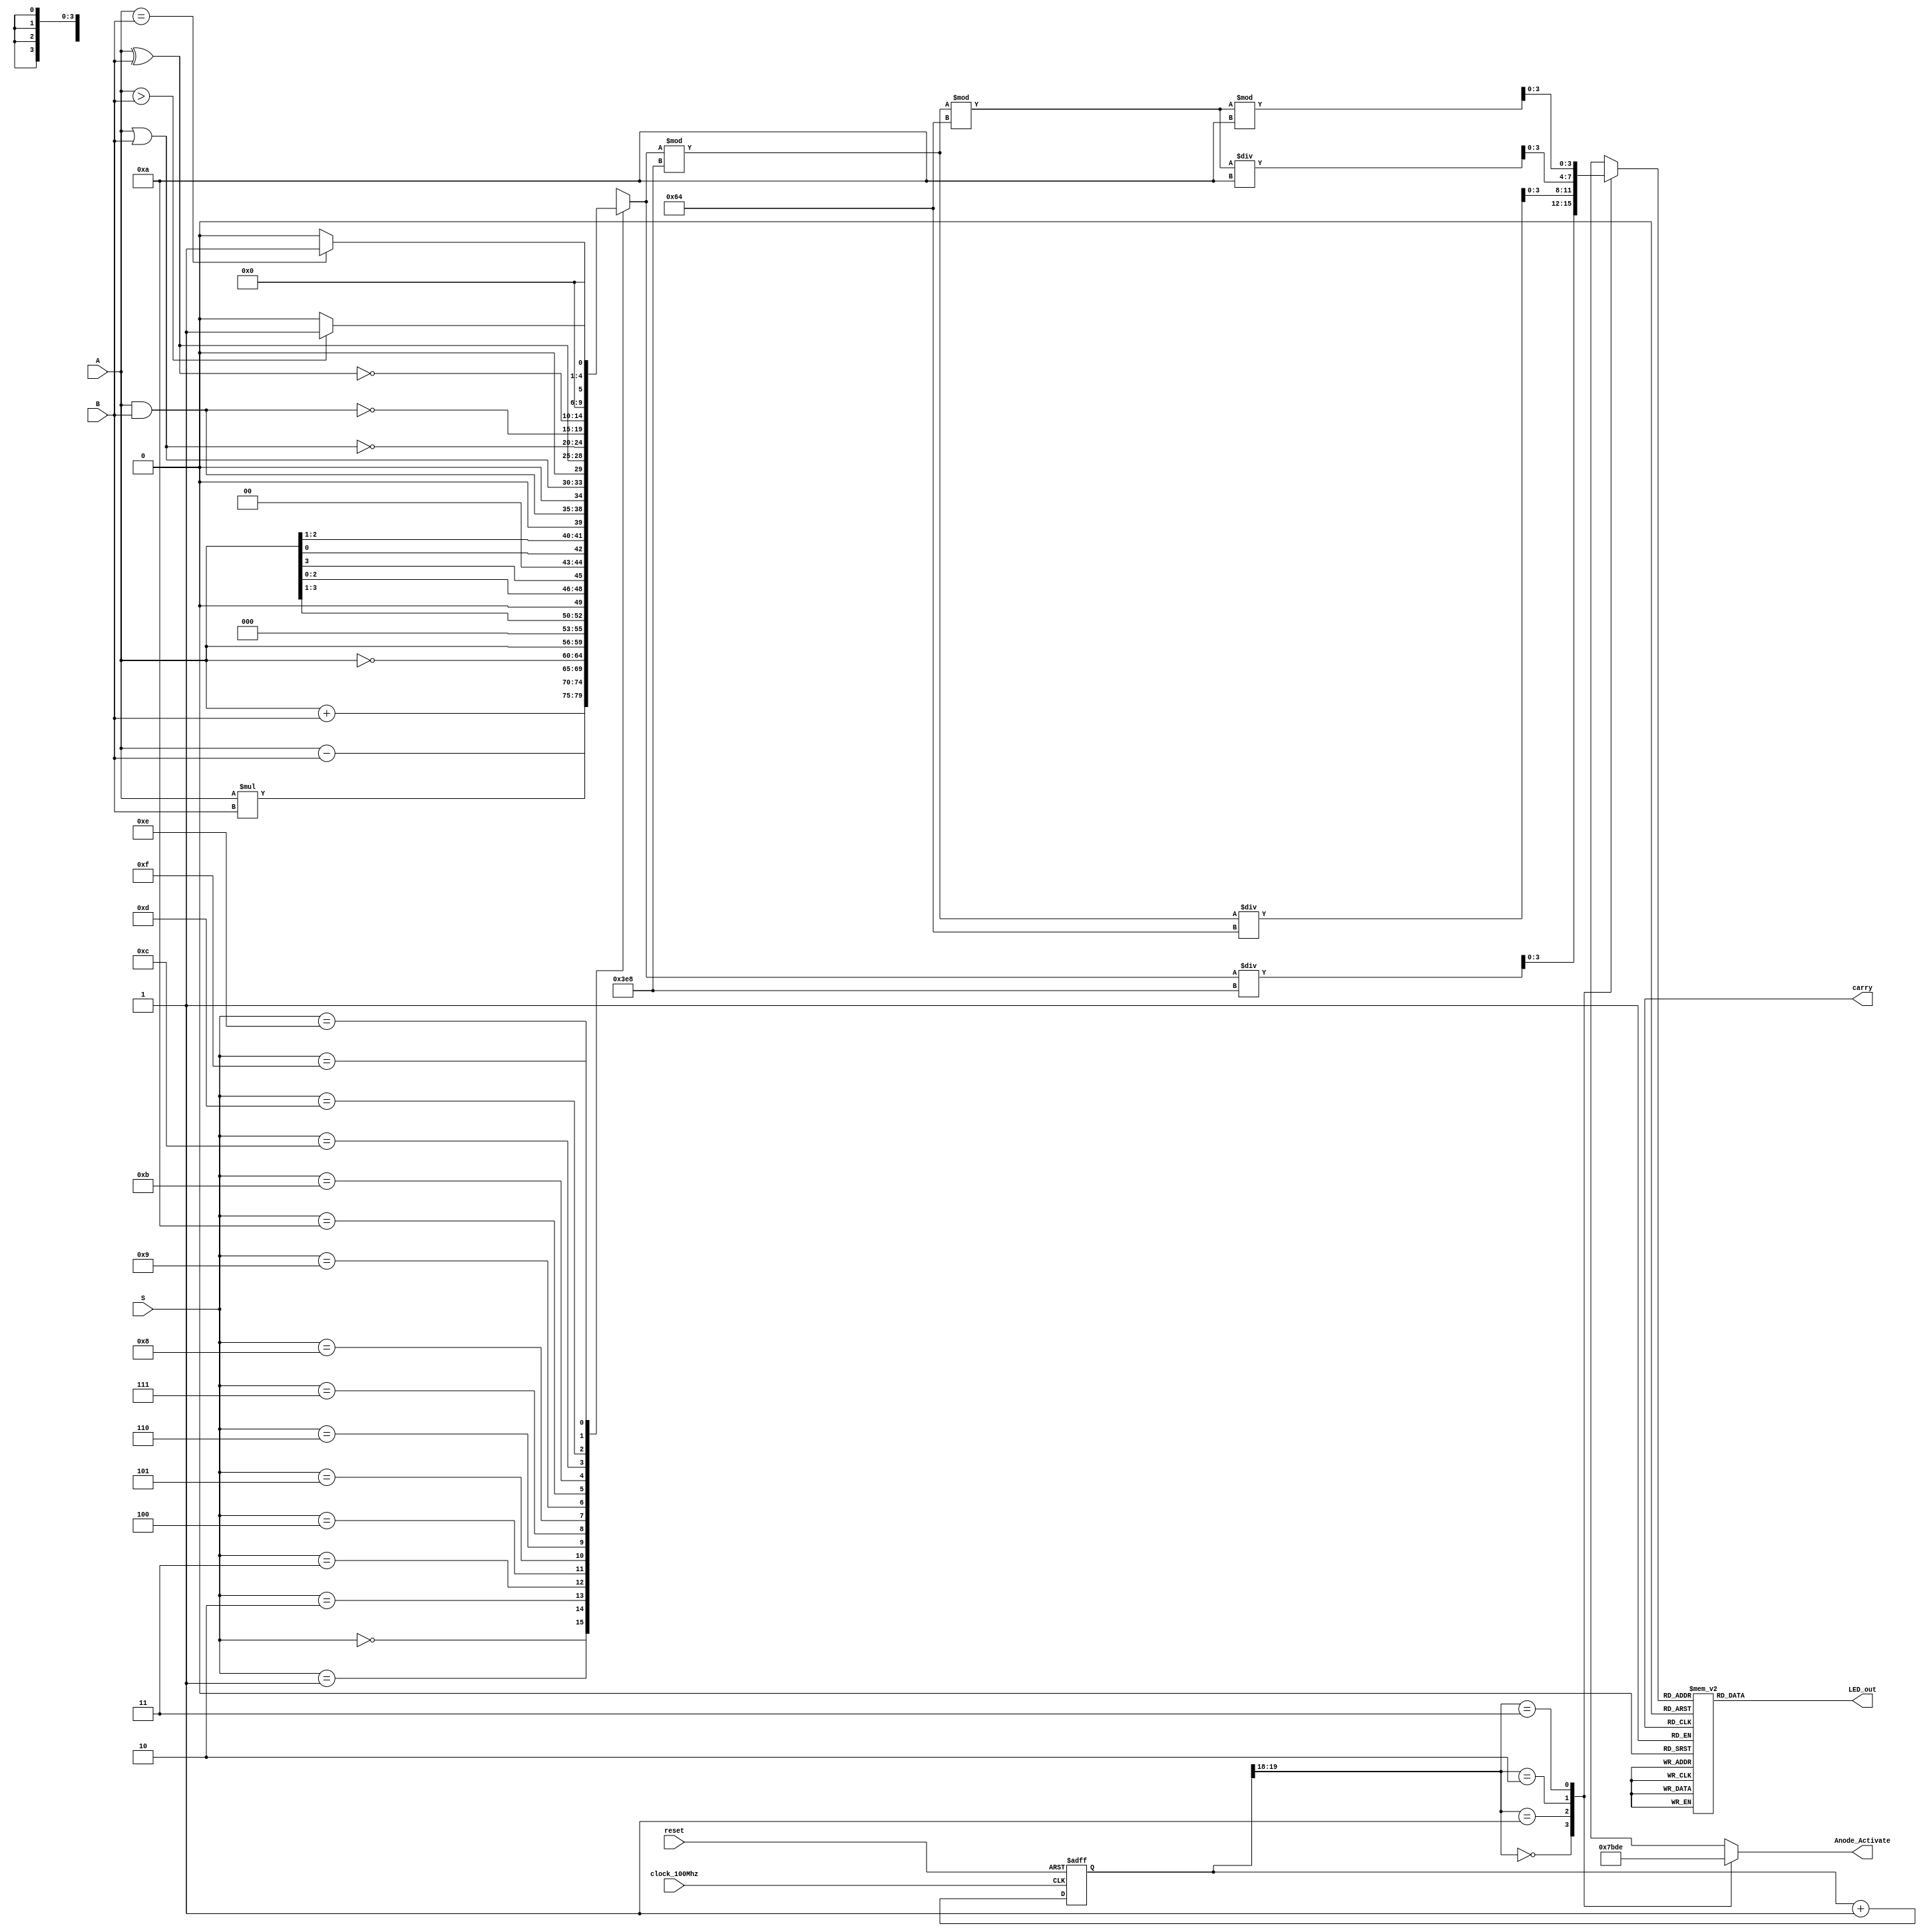
module ALU(
    input clock_100Mhz, // 100 Mhz clock source on Basys 3 FPGA
    input reset,// reset
	input [3:0] A,B,  // ALU 4-bit Inputs                 
    input [3:0] S,// ALU Selection	
    output reg [3:0] Anode_Activate, // anode signals of the 7-segment LED display
    output reg [6:0] LED_out,// cathode patterns of the 7-segment LED display
    output reg carry
    );
//    reg [26:0] one_second_counter; // counter for generating 1 second clock enable
    wire one_second_enable;// one second enable for counting numbers
    reg [3:0] LED_BCD;
    reg [19:0] refresh_counter; // 20-bit for creating 10.5ms refresh period or 380Hz refresh rate
             // the first 2 MSB bits for creating 4 LED-activating signals with 2.6ms digit period
    wire [1:0] LED_activating_counter; 
                 // count     0    ->  1  ->  2  ->  3
              // activates    LED1    LED2   LED3   LED4
             // and repeat
	reg [4:0] ALU_Result;
	//assign Out = ALU_Result; // ALU out
	reg [5:0] tmp;

	//assign CarryOut = tmp[8]; // Carryout flag
//    always @(posedge clock_100Mhz or posedge reset)
//    begin
//        if(reset==1)
//            one_second_counter <= 0;
//        else begin
//            if(one_second_counter>=99999999) 
//                 one_second_counter <= 0;
//            else
//                one_second_counter <= one_second_counter + 1;
//        end
//    end 
//    assign one_second_enable = (one_second_counter==99999999)?1:0;

    always @(posedge clock_100Mhz or posedge reset)
    begin 
        if(reset==1)
            refresh_counter <= 0;
        else
            refresh_counter <= refresh_counter + 1;
    end 
    assign LED_activating_counter = refresh_counter[19:18];
    // anode activating signals for 4 LEDs, digit period of 2.6ms
    // decoder to generate anode signals 
    always @(*)
    begin
        case(LED_activating_counter)
        2'b00: begin
            Anode_Activate = 4'b0111; 
            // activate LED1 and Deactivate LED2, LED3, LED4
            LED_BCD = ALU_Result/1000;
            // the first digit of the 4-bit number
              end
        2'b01: begin
            Anode_Activate = 4'b1011; 
            // activate LED2 and Deactivate LED1, LED3, LED4
            LED_BCD = (ALU_Result % 1000)/100;
            // the second digit of the 4-bit number
              end
        2'b10: begin
            Anode_Activate = 4'b1101; 
            // activate LED3 and Deactivate LED2, LED1, LED4
            LED_BCD = ((ALU_Result % 1000)%100)/10;
            // the third digit of the 4-bit number
                end
        2'b11: begin
            Anode_Activate = 4'b1110; 
            // activate LED4 and Deactivate LED2, LED3, LED1
            LED_BCD = ((ALU_Result % 1000)%100)%10;
            // the fourth digit of the 4-bit number    
               end
        endcase
    end
    // Cathode patterns of the 7-segment LED display 
    always @(*)
    begin
        case(LED_BCD)
        4'b0000: LED_out = 7'b0000001; // "0"     
        4'b0001: LED_out = 7'b1001111; // "1" 
        4'b0010: LED_out = 7'b0010010; // "2" 
        4'b0011: LED_out = 7'b0000110; // "3" 
        4'b0100: LED_out = 7'b1001100; // "4" 
        4'b0101: LED_out = 7'b0100100; // "5" 
        4'b0110: LED_out = 7'b0100000; // "6" 
        4'b0111: LED_out = 7'b0001111; // "7" 
        4'b1000: LED_out = 7'b0000000; // "8"     
        4'b1001: LED_out = 7'b0000100; // "9" 
        default: LED_out = 7'b0000001; // "0"
        endcase
    end
	always @(*)
		begin  
		case(S)
        4'b0000: // Addition
           ALU_Result = A + B ; 
        4'b0001: // Subtraction
           ALU_Result = A - B ;
        4'b0010: // Multiplication
           ALU_Result = A * B;
        4'b0011: // 1's Complement
           ALU_Result = ~A;
        4'b0100: // Logical shift left
           ALU_Result = A<<1;
         4'b0101: // Logical shift right
           ALU_Result = A>>1;
         4'b0110: // Rotate left
           ALU_Result = {A[2:0],A[3]};
         4'b0111: // Rotate right
           ALU_Result = {A[0],A[2:1]};
          4'b1000: //  Logical and 
           ALU_Result = A & B;
          4'b1001: //  Logical or
           ALU_Result = A | B;
          4'b1010: //  Logical xor 
           ALU_Result = A ^ B;
          4'b1011: //  Logical nor
           ALU_Result = ~(A | B);
          4'b1100: // Logical nand 
           ALU_Result = ~(A & B);
          4'b1101: // Logical xnor
           ALU_Result = ~(A ^ B);
          4'b1110: // Greater comparison
           ALU_Result = (A>B)?4'd1:4'd0 ;
          4'b1111: // Equal comparison   
            ALU_Result = (A==B)?4'd1:4'd0 ;
          default: ALU_Result = A + B ; 
        endcase 
         tmp = A+B;
         carry=ALU_Result[5];
    end
 endmodule